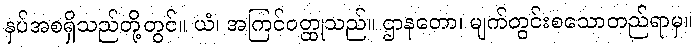
နှပ်အစရှိသည်တို့တွင်။ ယံ၊ အကြင်ဝတ္ထုသည်။ ဌာနတော၊ မျက်တွင်းစသောတည်ရာမှ။